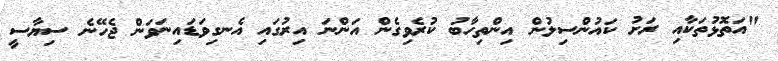
"އަތޮޅުތަކާއި ރަށު ކައުންސިލުން އިންތިހާބު ކުރެވިގެން އަންނަ އިރުގައި އެނގިވަޑައިނަވަން ޖެހޭނެ ސިޔާސީ